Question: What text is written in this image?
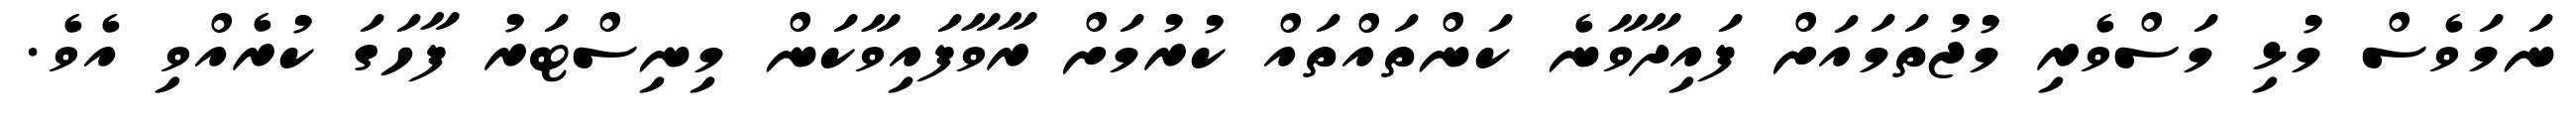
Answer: ނަމަވެސް މުޅި މަސްވެރި މުޖުތަމައަށް ފައިދާވާނެ ކަންތައްތައް ކުރުމަށް ރާވާފައިވާކަން މިނިސްޓަރު ފާހަގަ ކުރެއްވި އެވެ.